Vaike-Kullamaa_(Vaikna)_vallavalitsus, lk 28
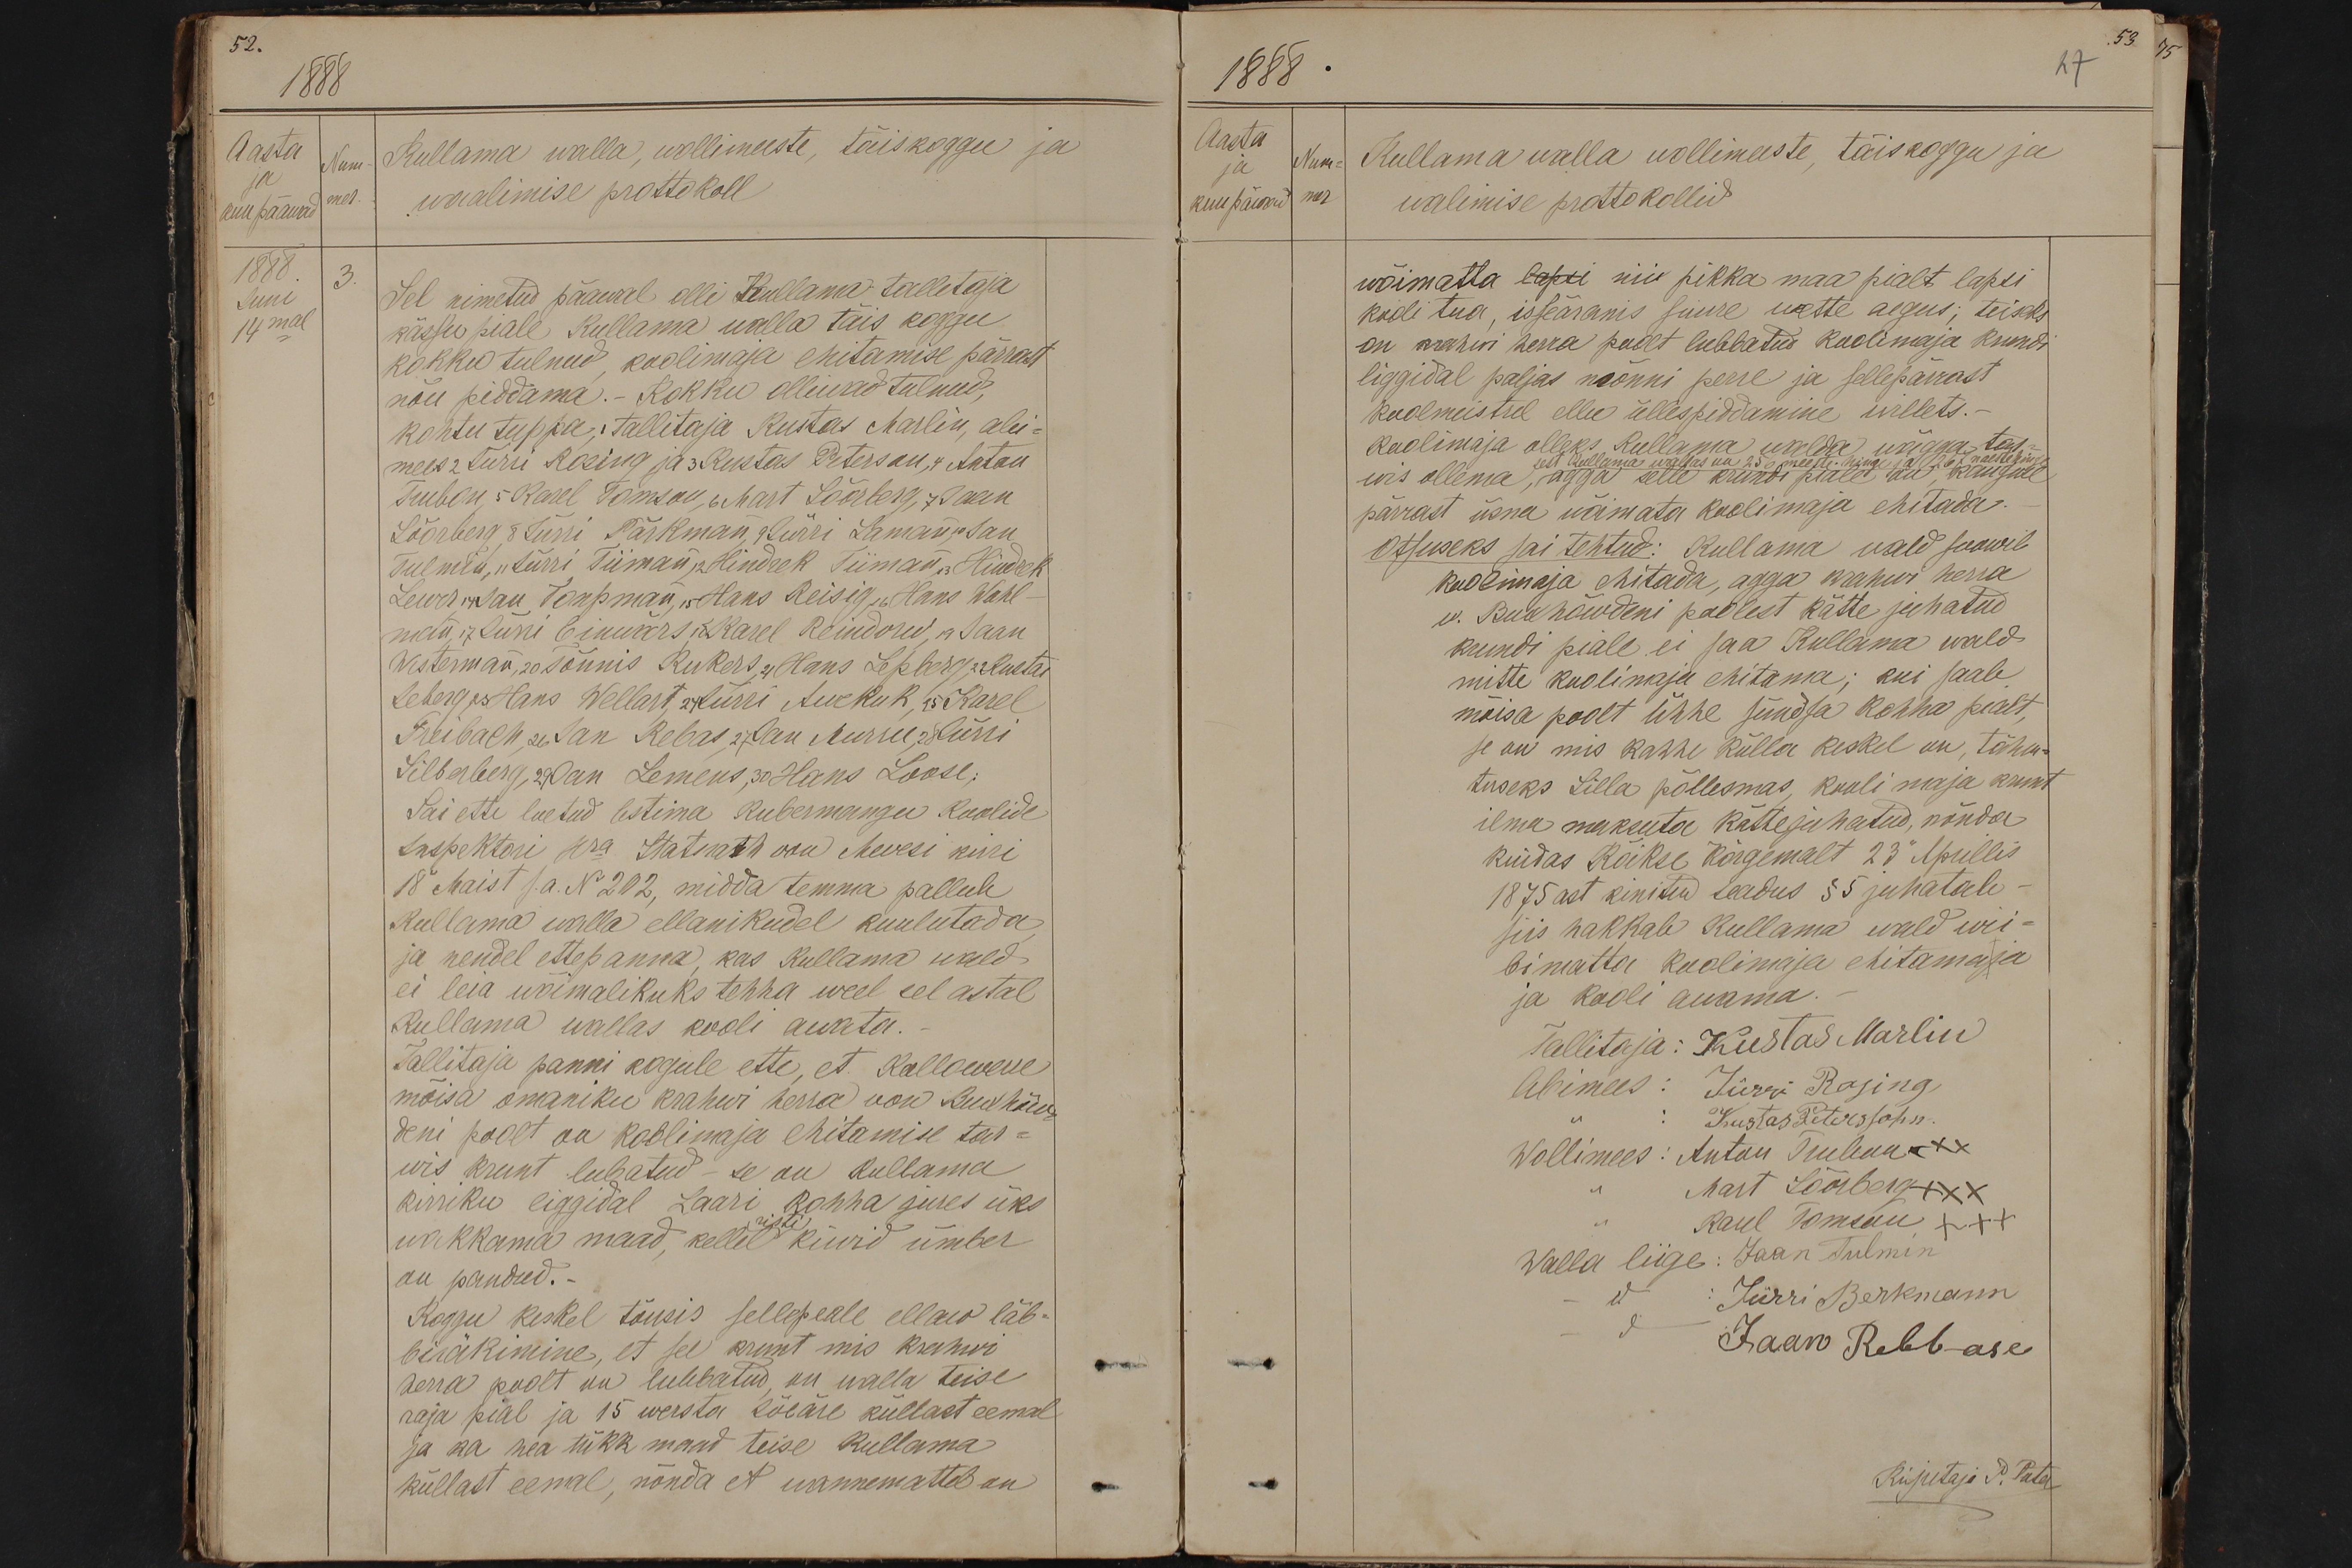
52.
1888
Aasta
Num-
Kullama walla, wollimeeste, täiskoggu ja
kuu pääwad mer.
waalimise prottokoll
1888
1888. 3.
Juni
Sel nimetud pääwal olli Kullama tallitaja
14mal
kässu piale Kullama walla täis koggu
kokku tulnud koolimaja ehitamise pärrast
nõu piddama. - Kokku olliwad tulnud,
kohtu tuppa, tallitaja Kustas Marlin, abi-
mees 2 Jürri Rosing ja 3 Kustas Peterson,4 Anton-
Truban, 5 Karel Tomson,6 Mart Söörberg, 7 Jaan
Söörberg 8 Jürri Pärkman, 9 Jürri Laman, 10 Jan
Tulmis, 11 Jürri Tiiman, 12 Hindrek Tiiman,13 Hindrek
Lewer,14 Jan Tompman, 15 Hans Reisig,16 Hans Wahl-
man, 17 Jürri Einwärs, 18 Karel Reindorw, 19 Jaan
Wisterman, 20 Tõnnis Kukers, 21 Hans Lepberg, 22 Kustas
Leberg, 23 Hans Wellart, 24 Jürri Awekuk, 25 Karel
Reibach, 26 Jan Rebas, 27  Jan Murru, 28 Jürri
Silberberg, 29 Jan Lemens, 30 Hans Loose,
Sai ette loetud lastima Kubermangu koolide
inspektori Hra Statmach von Mevesi kiri
18 Maist s.a. N 202, midda temma pallub
Kullama walla ellanikudel kuulutada
ja nendel ettepanna, kas Kullama wald
ei leia wõimalikuks tehha weel eel astal
Kullama wallas kooli awata.
Tallitaja panni kogule ette, et Kallowere
mõisa omaniku krahwi herra won Buxhöw-
deni poolt on koolimaja ehitamise tar-
wis krunt lubatud - se on Kullama
kirriku liggidal Laari kohha jures üks
wakkama maad, kellel ristikiwid ümber
on pandud.
Koggu keskel tõusis sellepeale ellaw läb-
biräkimine, et see krunt mis krahwi
herra poolt on lubbatud, on walla teise
raja peal ja 15 wersta Jõeäre küllast eemal
ja ka hea tükk maad teise Kullama
küllast eemal, nõnda et wannemattel on

53
1888
27
Aasta
Num-
Kullama valla wollimeeste, täiskoggu ja
kuupäwad
mer
walimise prottokollid
wõimatta lapsi nii pikka maa pialt lapsi
kooli tua, isseäranis suure wette aegus; teiseks
on krahwi herra poolt lubbatud koolimaja krundi
liggidal paljas nmönni perre ja sellepärast
koolmeistel ellu üllespiddamine wilets.
koolimaja olleks Kullama walda wägga tar-
sest Kullama wallas on 256 meeste hinge ja 267 naestehinge
mis ollema, agga selle krundi piale nii, kaugel
pärrast üsna wöimata koolimaja ehitada.
Otsuseks sai tehtud: Kullama wald suawib
koolimaja ehitada, agga krahvi herra
v. Buxhöwdeni poolest kätte juhatud
kundi piale ei saa Kullama wald
mitte koolimaju ehitama; kui saab
mõisa poolt ühhe sündsa kohha pialt,
se on mis kahhe külla keskel on, tähen-
tuseks Silla põllesmas, kooli maja krunt
ilma maksuta kättejuhatud, nõnda
kuidas Kõikse Kõrgemalt 23 Aprillis
1875ast kinitud seadus § 5 juhatab.
siis hakkale Kullama wald wii-
bimatta koolimaja ehitamaja
ja kooli awama.
Tallitaja: Kustas Marlin
Abimees: Jürri Rosing
Kustas Petersohn
Wollimees: Anton Trubun xxx
Mart Söörberg XXX
Raul Tomson XXX
Walla liige: Jaan Tulmin
Jürri Berkmann
Jaan Rebbase
Kirjutaja P. Tuter